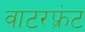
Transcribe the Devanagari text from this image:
वाटरफ़्रंट